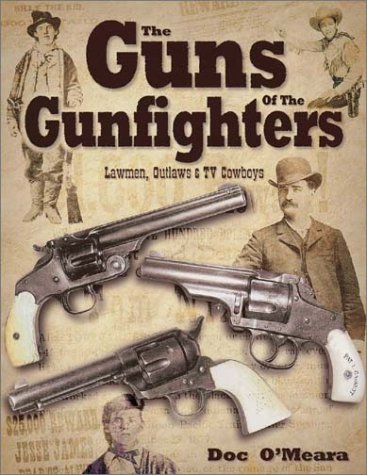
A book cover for Guns of the Gunfighters, Lawmen, Outlaws & Hollywood Cowboys; Doc O'Meara; Crafts, Hobbies & Home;